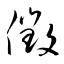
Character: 徴